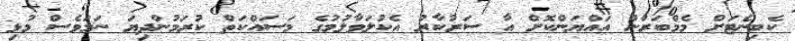
ކެބިނެޓަށް މެމްބަރުން އައްޔަންކޮށް އާ ސަރުކާރު އެކުލަވާލުމުގެ މަސައްކަތް ކުރަމުންދިޔަ ނަމަވެސް މުޅި